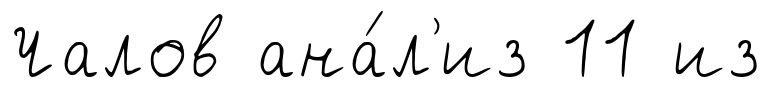
Чалов ана́л'из 11 из